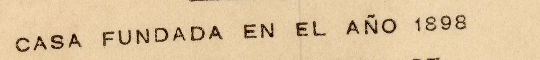
CASA FUNDADA EN EL AÑO 1898